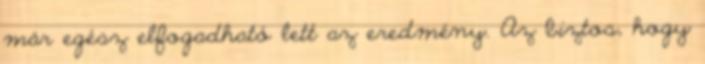
már egész elfogadható lett az eredmény. Az biztos, hogy